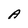
Character: A